Annual report of the Imperial Bacteriological Laboratory, Muktesar
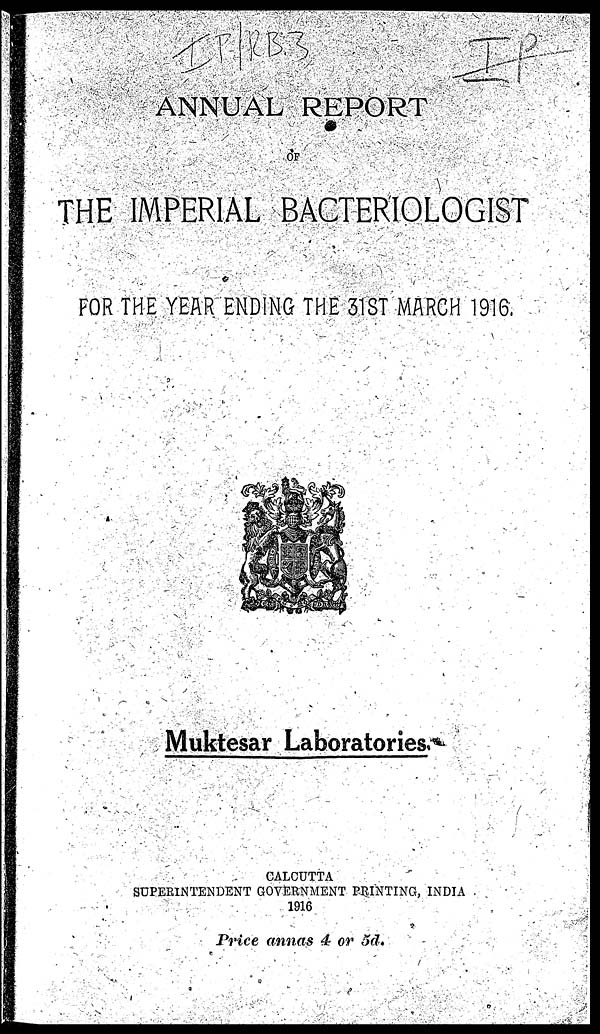
ANNUAL REPORT
OF
THE IMPERIAL BACTERIOLOGIST
FOR THE YEAR ENDING THE 31ST MARCH 1916.
Muktesar Laboratories.
CALCUTTA
SUPERINTENDENT GOVERNMENT PRINTING, INDIA
1916
Price annas 4 or 5d.